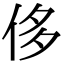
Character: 侈